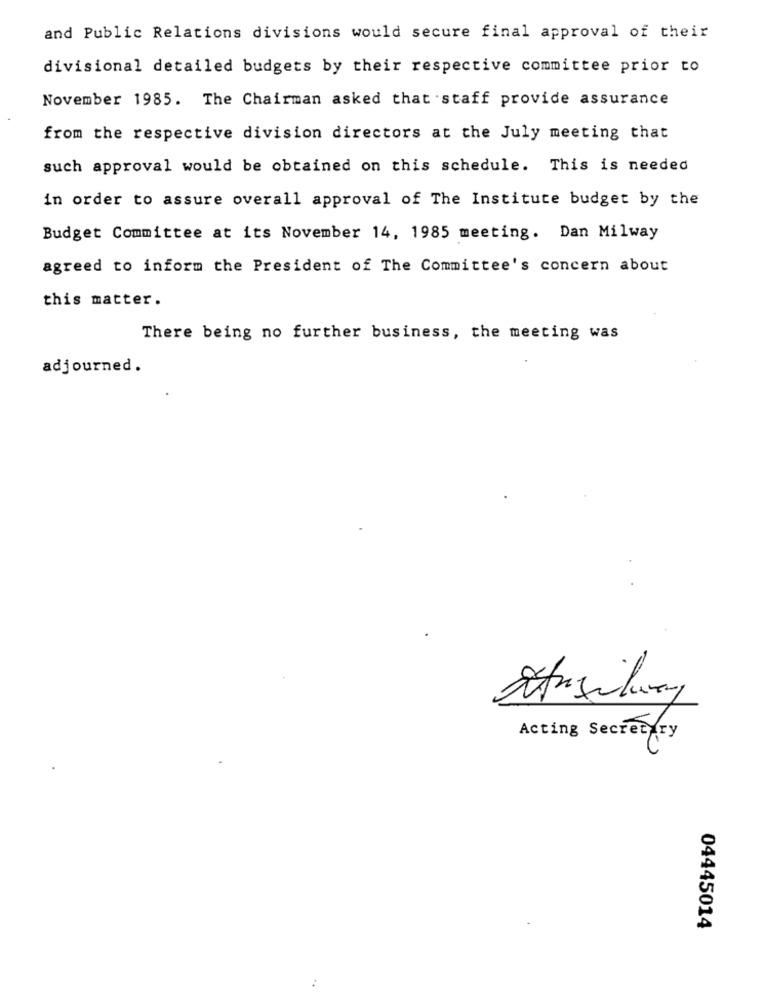
and Public Relations divisions would secure final approval of their
divisional detailed budgets by their respective committee prior to
November 1985. The Chairman asked that staff provide assurance
from the respective division directors at the July meeting that
such approval would be obtained on this schedule. This is needed
in order to assure overall approval of The Institute budget by the
Budget Committee at its November 14, 1985 meeting. Dan Milway
agreed to inform the President of The Committee's concern about
this matter.
There being no further business, the meeting was
adjourned.
Acting Secretary
04445014